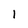
Character: l